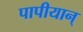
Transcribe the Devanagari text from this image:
पापीयान्‌